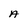
Character: A